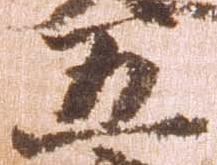
五